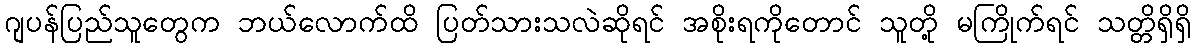
ဂျပန်ပြည်သူတွေက ဘယ်လောက်ထိ ပြတ်သားသလဲဆိုရင် အစိုးရကိုတောင် သူတို့ မကြိုက်ရင် သတ္တိရှိရှိ